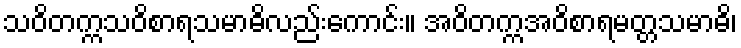
သဝိတက္ကသဝိစာရသမာဓိလည်းကောင်း။ အဝိတက္ကအဝိစာရမတ္တသမာဓိ၊